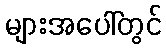
များအပေါ်တွင်